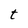
Character: t